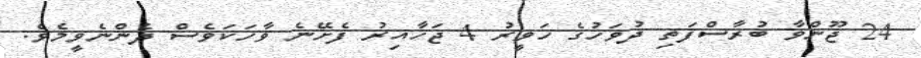
24 ޖޫންވާ ބުރާސްފަތި ދުވަހުގެ ހަވީރު 4 ޖަހާއިރު ފެށޭނެ ވާހަކަވެސް ދެންނެވީމެވެ.